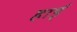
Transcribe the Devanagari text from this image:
हार्ड्